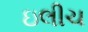
ઇલીચ